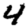
Digit: 4